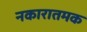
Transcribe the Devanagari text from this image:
नकारातमक